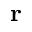
\mathbf { r }